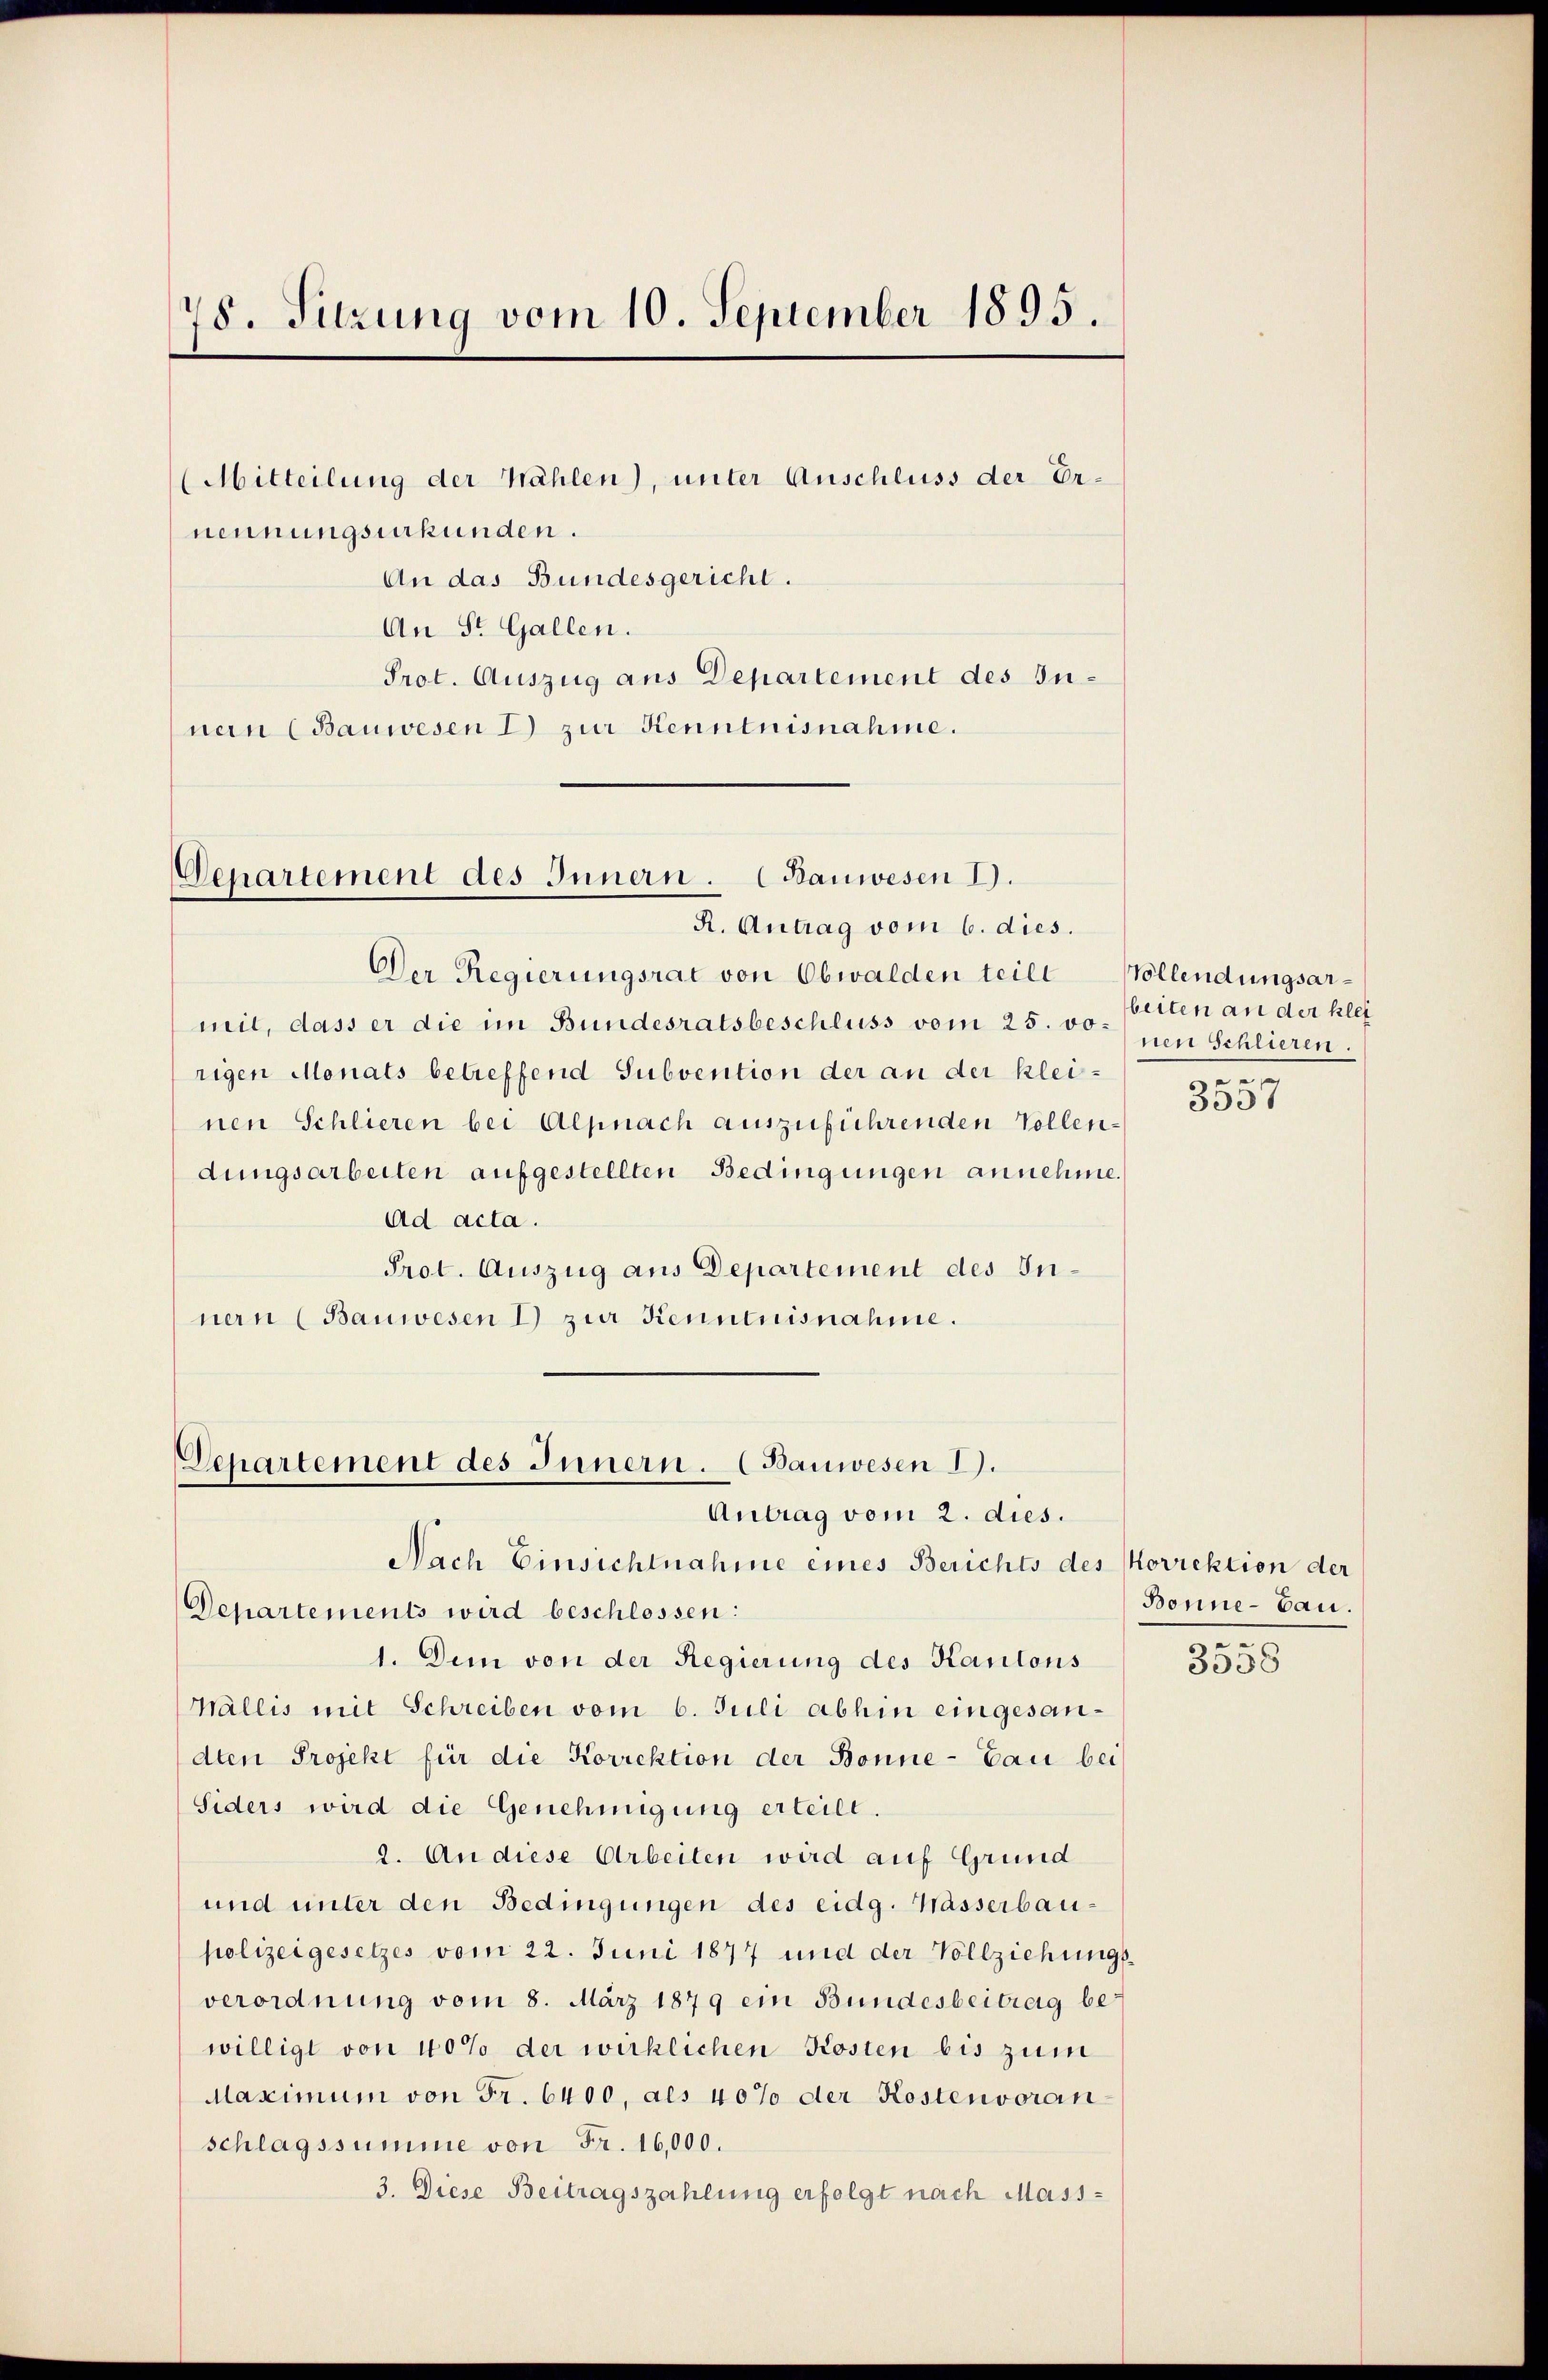
78. Sitzung vom 10. September 1895.

(Mitteilung der Wählen), unter Anschluss der Ernennungsurkunden.
An das Bundesgericht.
An St. Gallen.
Prot. Auszug aus Departement des Innen (Bauwesen I) zur Kenntnisnahme.

Departement des Innern. (Bauwesen I.
R. Antrag vom 6. dies.

Der Regierungsrat von Obwalden teile Vollendungsarmit, dass er die im Bundesratsbeschluss vom 25. vo
rigen Monats betreffend Subvention der an der kleinen Schlieren bei Alpnach auszuführenden Vollendungsarbeiten aufgestellten Bedingungen annehme.
ad acta.
Prot. Auszug aus Departement des Innern (Bauwesen 1) zur Kenntnisnahme.

Departement des Innern. (Bauwesen I.
Antrag vom 2. dies.
Nach Einsichtnahme eines Berichts des Korrektion der

Departements wird beschlossen:
1. Dem von der Regierung des Kantons
Wallis mit Schreiben vom 6. Juli abhin eingesandten Projekt für die Korrektion der Bonne - Bau bei
Siders wird die Genehmigung erteilt.
2. An diese Arbeiten wird auf Grund
und unter den Bedingungen des eidg. Wasserbaupolizeigesetzes vom 22. Juni 1877 und der Vollziehungs-
verordnung vom 8. März 1879 ein Bundesbeitrag bewilligt von 40% der wirklichen Kosten bis zum
Maximum von Fr. 6400, als 40% der Kostenvoranschlagssumme von Fr. 16,000.
3. Diese Beitragszahlung erfolgt nach Mass-

beiten an der klei
nen Schlieren.
e

5057

Bonne-Bau.
e

3958